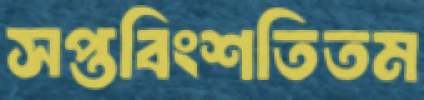
সপ্তবিংশতিতম